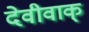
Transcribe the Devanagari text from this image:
देवीवाक्‌